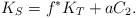
LaTeX: \begin{align*}K_S=f^*K_T + a C_2. \end{align*}